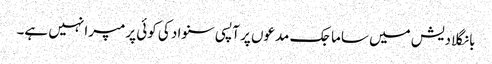
بانگلادیش میں ساماجک مدعوں پر آپسی سنواد کی کوئی پرمپرا نہیں ہے۔